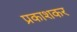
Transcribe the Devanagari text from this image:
प्रकाशकर